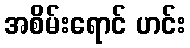
အစိမ်းရောင် ဟင်း